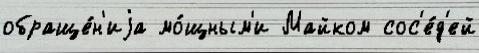
обраще́н'иjа мо́щным'и Майком сос'е́д'ей